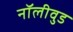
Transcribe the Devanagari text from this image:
नॉलीवुड